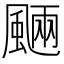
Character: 𩗾